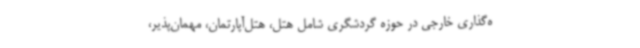
ه‌گذاری خارجی در حوزه گردشگری شامل هتل، هتل‌آپارتمان، مهمان‌پذیر،